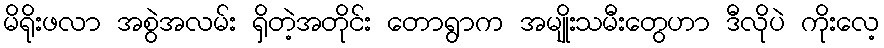
မိရိုးဖလာ အစွဲအလမ်း ရှိတဲ့အတိုင်း တောရွာက အမျိုးသမီးတွေဟာ ဒီလိုပဲ ကိုးလေ့